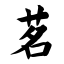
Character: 茗